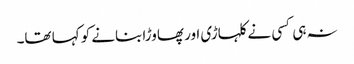
نہ ہی کسی نے کلہاڑی اور پھاوڑا بنانے کو کہا تھا۔